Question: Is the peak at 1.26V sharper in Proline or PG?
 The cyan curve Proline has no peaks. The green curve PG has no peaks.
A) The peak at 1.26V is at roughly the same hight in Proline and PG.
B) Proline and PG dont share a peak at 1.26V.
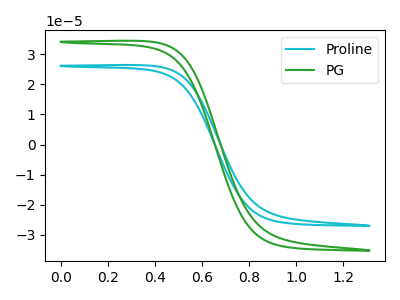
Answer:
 <answer>B) "Proline" and "PG" dont share a peak at 1.26V.</answer>
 <eval>B</eval>